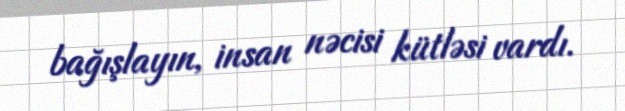
bağışlayın, insan nəcisi kütləsi vardı.